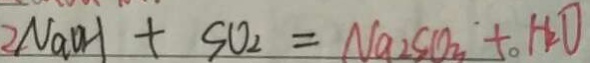
2 N a O H + S O _ { 2 } = N a _ { 2 } S O _ { 3 } + H _ { 2 } O